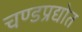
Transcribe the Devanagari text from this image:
चण्डप्रद्योत